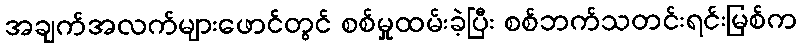
အချက်အလက်များဖောင်တွင် စစ်မှုထမ်းခဲ့ပြီး စစ်ဘက်သတင်းရင်းမြစ်က